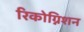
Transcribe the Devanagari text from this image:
रिकोग्निशन